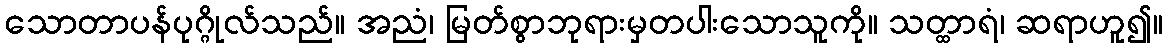
သောတာပန်ပုဂ္ဂိုလ်သည်။ အညံ၊ မြတ်စွာဘုရားမှတပါးသောသူကို။ သတ္ထာရံ၊ ဆရာဟူ၍။